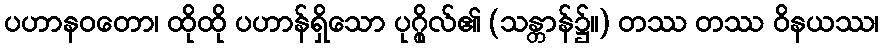
ပဟာနဝတော၊ ထိုထို ပဟာန်ရှိသော ပုဂ္ဂိုလ်၏ (သန္တာန်၌။) တဿ တဿ ဝိနယဿ၊